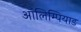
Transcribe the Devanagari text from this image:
ऑलिम्पियाड